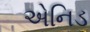
એનિડ